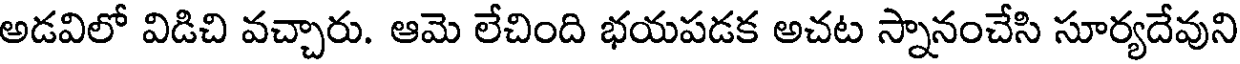
అడవిలో విడిచి వచ్చారు. ఆమె లేచింది భయపడక అచట స్నానంచేసి సూర్యదేవుని